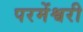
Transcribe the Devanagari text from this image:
परमेंश्वरी